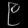
Digit: ၉